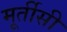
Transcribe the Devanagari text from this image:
मूर्तीसी